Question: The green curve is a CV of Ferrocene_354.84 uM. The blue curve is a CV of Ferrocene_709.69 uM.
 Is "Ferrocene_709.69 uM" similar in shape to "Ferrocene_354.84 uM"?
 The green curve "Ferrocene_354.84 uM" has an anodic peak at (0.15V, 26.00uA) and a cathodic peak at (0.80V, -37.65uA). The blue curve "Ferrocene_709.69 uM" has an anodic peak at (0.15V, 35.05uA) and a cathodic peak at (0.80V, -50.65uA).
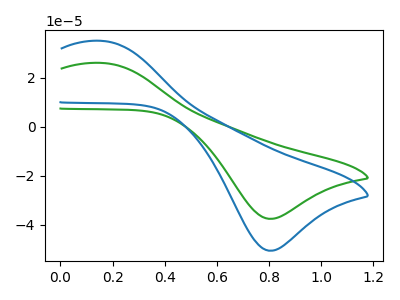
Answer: <think>All the peaks in "Ferrocene_709.69 uM" have a peak in "Ferrocene_354.84 uM" at the same potential. Every peak in "Ferrocene_709.69 uM" is higher than every peak in "Ferrocene_354.84 uM".
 </think>
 <answer>"Ferrocene_709.69 uM" and "Ferrocene_354.84 uM" are similar in shape.</answer>
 <eval>same_shape</eval>